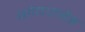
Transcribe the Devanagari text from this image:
गोदज़रेह